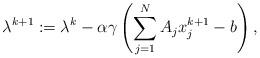
LaTeX: \begin{align*}\lambda^{k+1} := \lambda^k - \alpha\gamma \left(\sum_{j=1}^N A_j x_j^{k+1} -b\right),\end{align*}